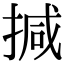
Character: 㨔